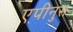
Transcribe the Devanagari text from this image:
एपीनुस